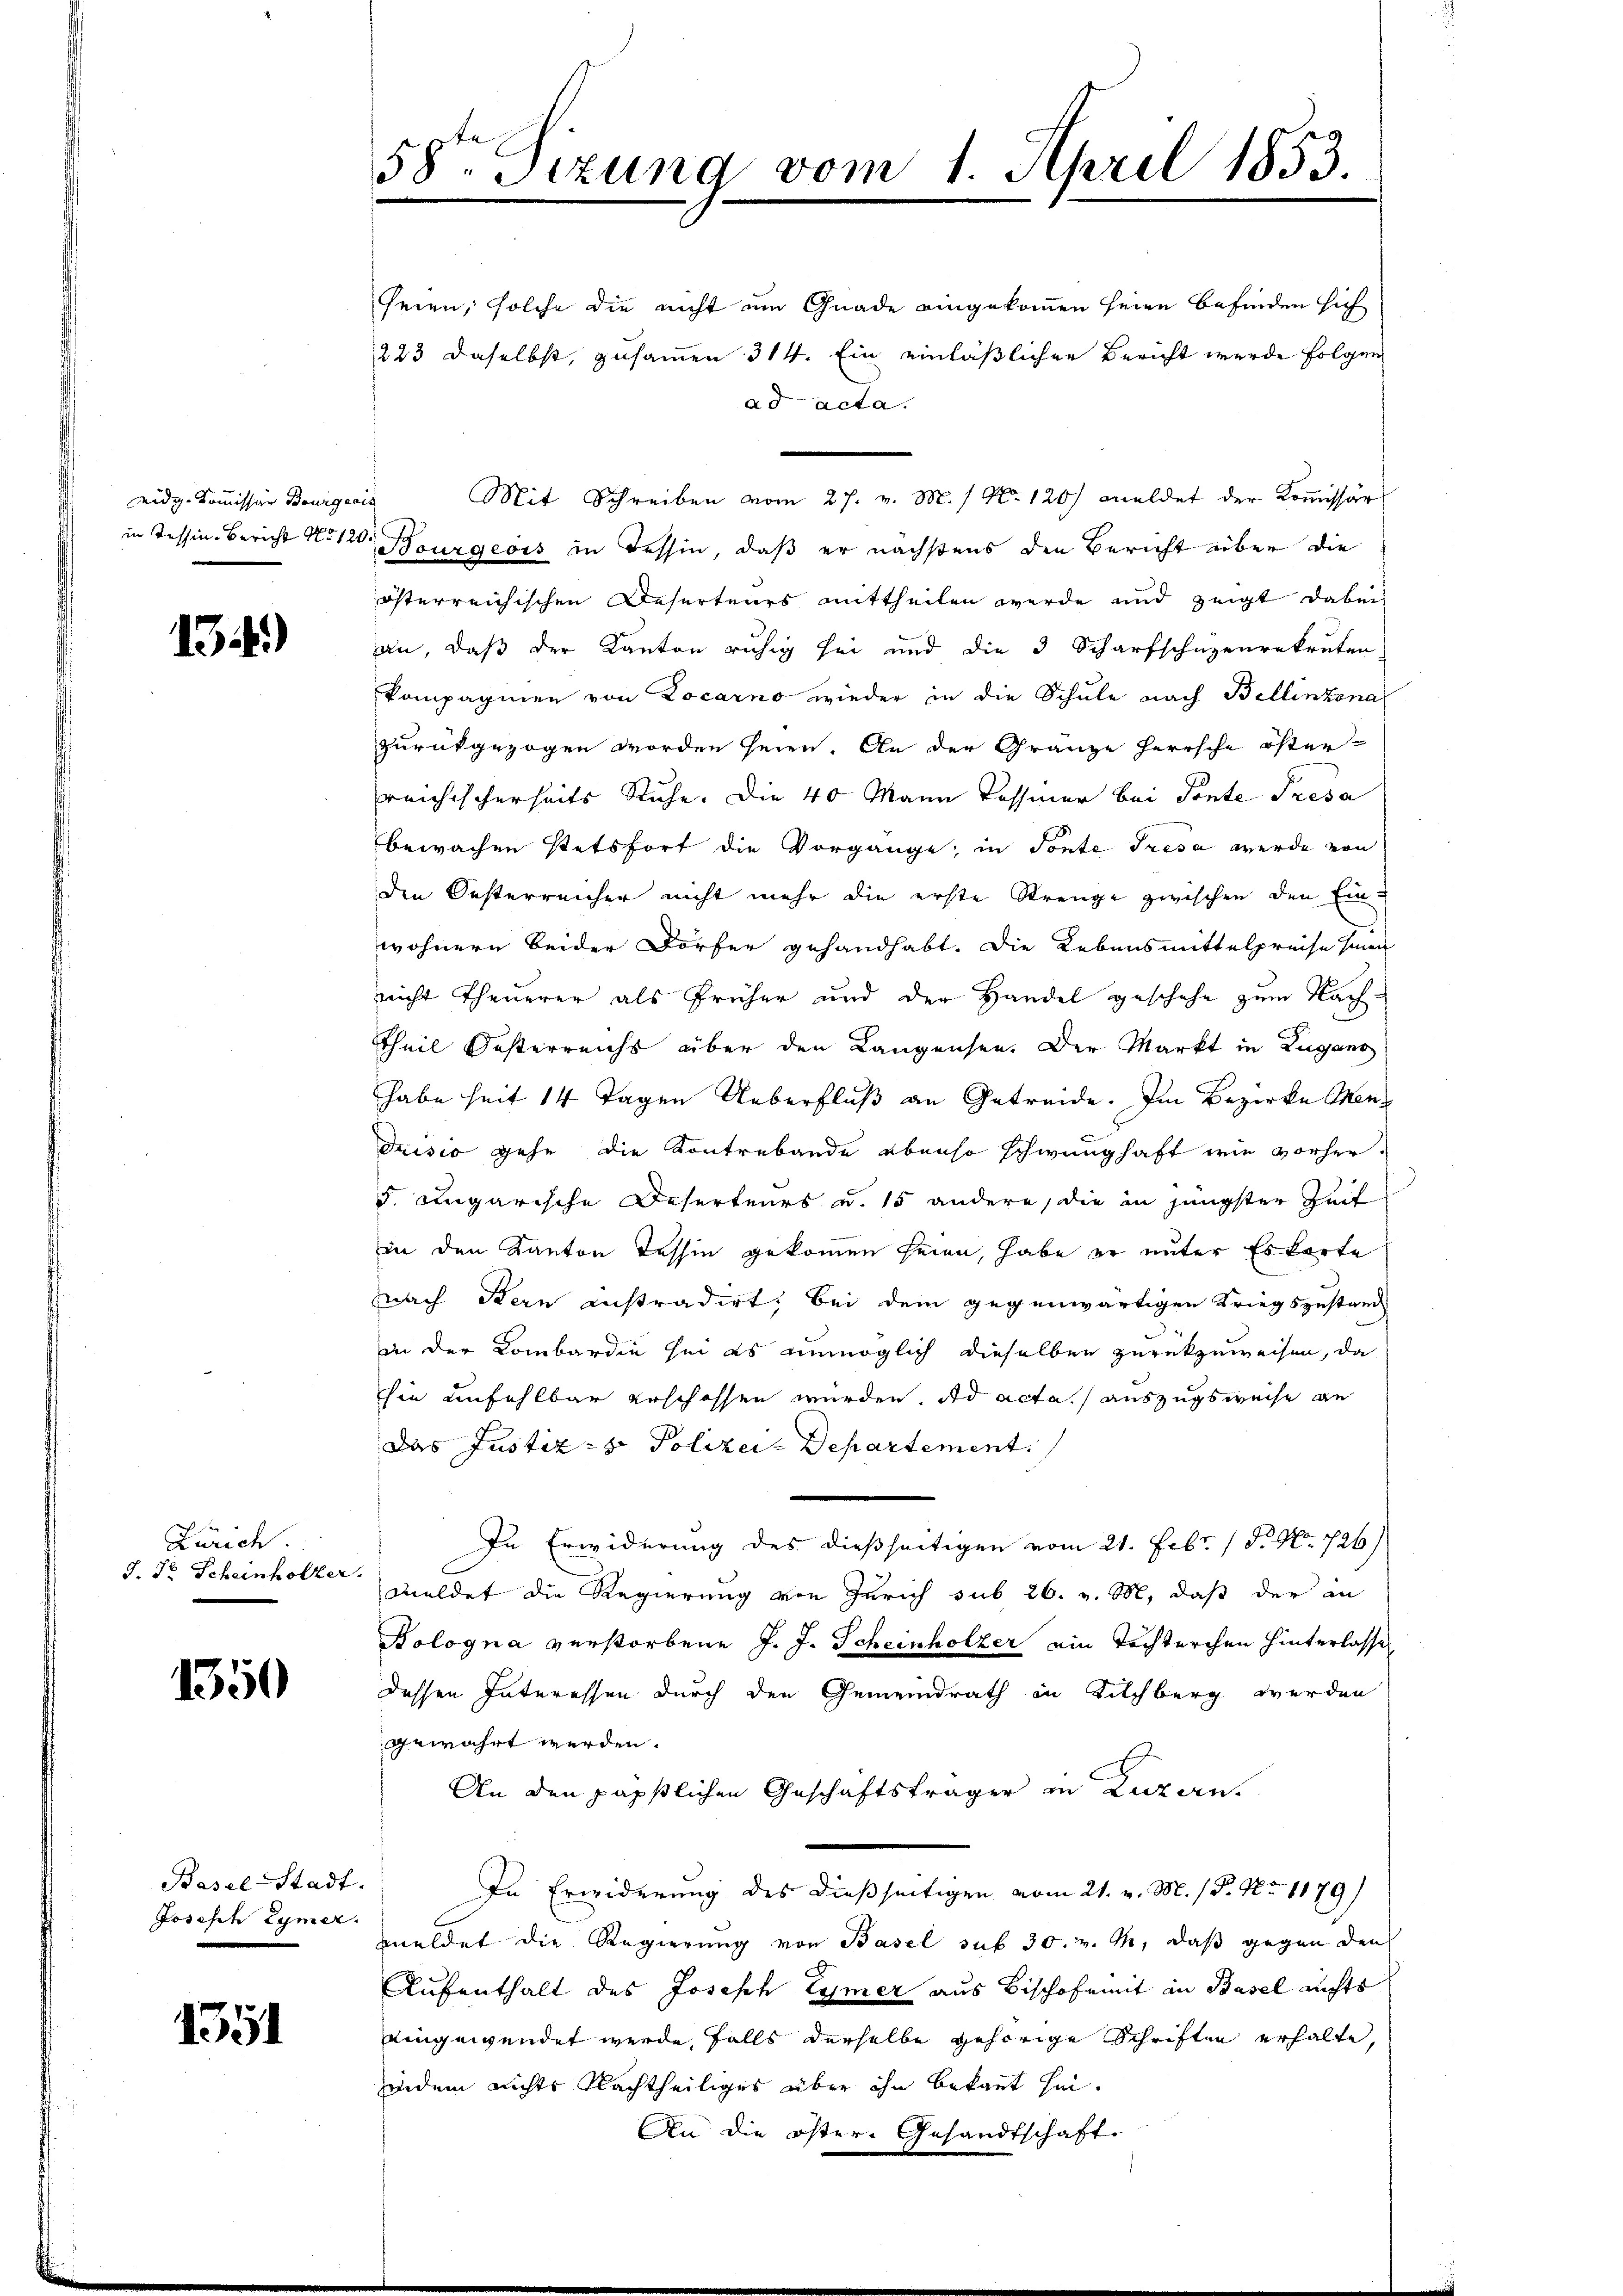
1344)

Zürich.
J. Dr Scheinholzer.

1350

Basel-Stadt.
Joseph Lymer.

1351

58te Sizung vom 1. April 1853.

seien, solche die nicht ein Gnade eingekommen seien befinden sich
223 daselbst, zusammen 314. Ein einläßlichen Bericht wurde folgen
ad acta.
eidg. Kommission Bourgeois Mit Schreiben vom 27. v. M. / No 120) meldet der Kommissär
in Tessin. Bericht No 120 Bourgeois in Tessin, daß er nächstens den Bericht über die
österreichischen Deserteurs mittheilen werde und zeigt dabei
an, daß der Kanton ruhig sei und die 3 Scharfschuzenrekruten
kompagnien von Locarno wieder in die Schule nach Bellinzona
zurückgezogen worden seien. An der Gränze Herrsche öster-
reichischerseits Ruhe. Die 40 Mann Tessiner bei Ponte Presa
bewachen stetsfort die Vorgänge, in Sonte Tresa werde von
den Oesterreicher nicht mehr die erste Strenge zwischen den Ein-
n
wohnern beider Dörfer gehandhabt. Die Lebensmittelpreise sinen
nicht theuerer als früher und der Handel geschehe zum Nachtheil Oesterreichs über den Langensee. Der Markt in Zugano
habe seit 14 Tagen Ueberfluß an Getreide. Im Bezirke Menduisio gehe die Kontrebande ebenso schwunghaft wie vorher-
5. Ungarische Deserteurs u. 15 andere, die in jüngster Zeit
in den Kanton Tessin gekommen seien, habe er unter Eskorte
nach Bern instradirt, bei dem gegenwärtigen Kriegszustand
in der Kombardie sei es unmöglich dieselben zurückzuweisen, da
hie unfehlbar erschossen würden. ad acta auszugsweise an
Das Justiz- & Polizei-Departement.
In Erwiderung des dießseitigen vom 21. Febr. 1 S. Nr. 726)
meldet die Regierung von Zürich sub 26. v. M. daß der in
Bologna verstorbene J. J. Scheinholzer ein Töchterchen hinterlassen
dessen Interessen durch den Gemeindrath in Kilchberg werden
gewährt werden.
An den päpstlichen Geschäftsträger in Luzern.
In Erwiderung des dießseitigen vom 21. v. M. (T. No 1179)
meldet die Regierung von Basel sub 30. v. M., daß gegen den
Aufenthalt des Joseph Eymer aus Bischof mit in Basel nichts
eingewendet werde, falls derselbe gehörige Schriften erhalte,
indem nichts Nachtheiliges über ihn bekant hin¬
An die öster Gesandtschaft.